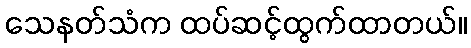
သေနတ်သံက ထပ်ဆင့်ထွက်ထာတယ်။